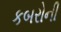
કબરોની